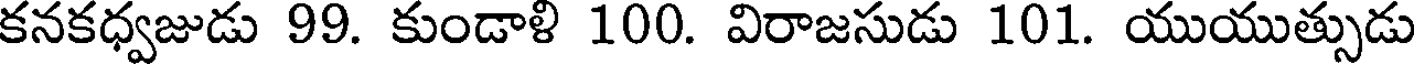
కనకధ్వజుడు 99. కుండాళి 100. విరాజసుడు 101. యుయుత్సుడు